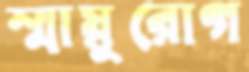
স্মায়ুরোগ